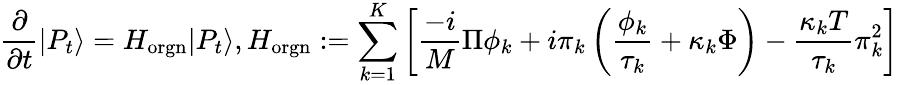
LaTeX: \frac{\partial}{\partial t}|P_{t}\rangle=H_{\mathrm{orgn}}|P_{t}\rangle,H_{\mathrm{orgn}}:=\sum_{k=1}^{K}\left[\frac{-i}{M}\Pi\phi_{k}+i\pi_{k}\left(\frac{\phi_{k}}{\tau_{k}}+\kappa_{k}\Phi\right)-\frac{\kappa_{k}T}{\tau_{k}}\pi_{k}^{2}\right]